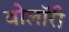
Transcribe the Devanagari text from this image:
वोलॉरी